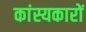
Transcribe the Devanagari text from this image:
कांस्यकारों